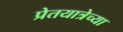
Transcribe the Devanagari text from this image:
प्रेतयात्रेच्या